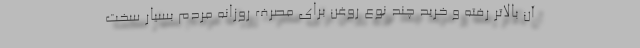
آن بالاتر رفته و خرید چند نوع روغن برای مصرف روزانه مردم بسیار سخت